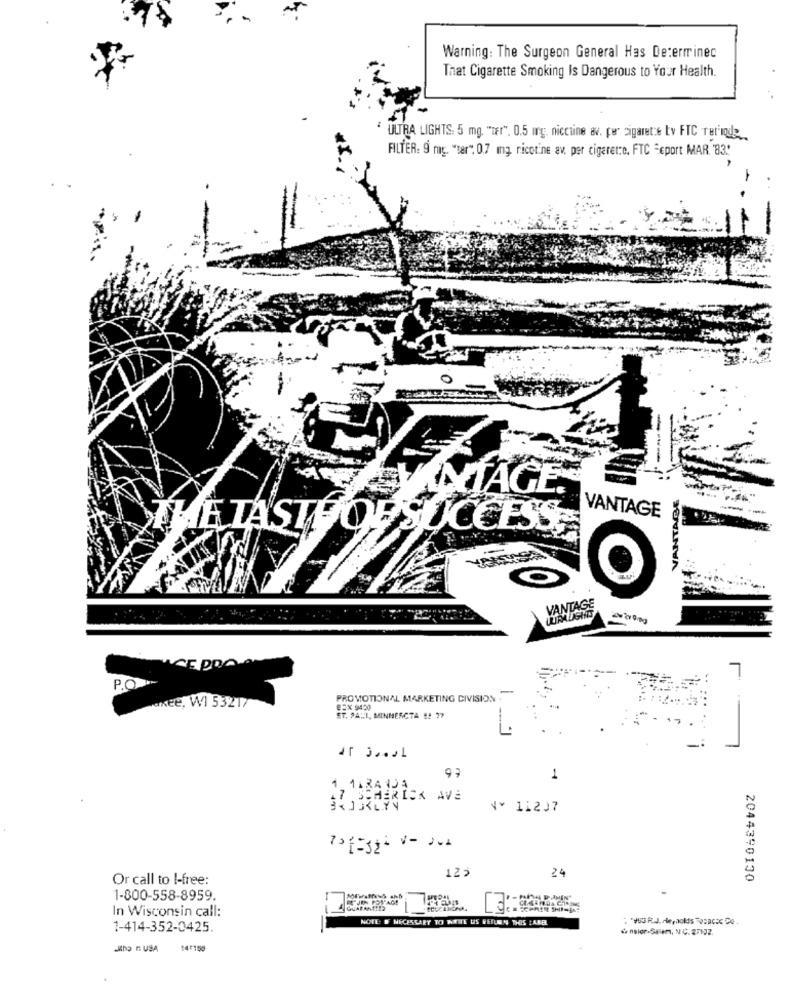
Warning: The Surgeon General Has Determinec
That Cigarette Smoking Is Dangerous to Your Health.
ULTRA LIGHTS. 5 mg. "mer". 0.5 mg. nicctine av. por cigarette Ly FTC Ter'inde
FILTER: 9 mag. "tar": 0.7 mg nicotine av. per cigarette. FTC "sport MAR. '83."
TAGE.
VANTAGE
VANTAGE
ŤHEIASTÝOF SUCCESS;
O
VANTAGE
P.O
PROMOTIONAL MARKETING CIVISION
Pakete, W1 53217
B2X 9450
ET. PAHI, MINMERCTA #! 77
1
1. 11RA JA
SCHERICK AVE
4. 11237
123
24
Or call to I-free:
2044390130
1-800-558-8959.
BE"JEN POTAGE
In Wisconsin call:
GUARANTEE
NOTE: F NECESSARY TO WRITE US REFLEIN WHOS LAKE
1-414-352-0425.
de naler-Se en, NC. 27122.
14:150